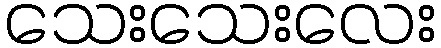
သေးသေးလေး